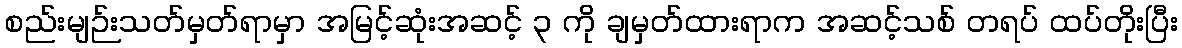
စည်းမျဉ်းသတ်မှတ်ရာမှာ အမြင့်ဆုံးအဆင့် ၃ ကို ချမှတ်ထားရာက အဆင့်သစ် တရပ် ထပ်တိုးပြီး